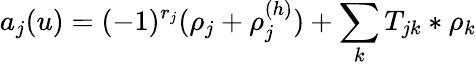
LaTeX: a_{j}(u)=(-1)^{r_{j}}(\rho_{j}+\rho_{j}^{(h)})+\sum_{k}T_{jk}\ast\rho_{k}